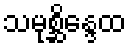
သမုစ္ဆိန္ဒေထ